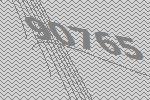
90765